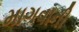
માગવાની